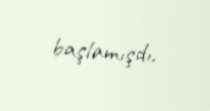
başlamışdı.